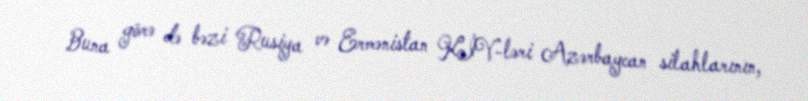
Buna görə də bəzi Rusiya və Ermənistan KİV-ləri Azərbaycan silahlarının,